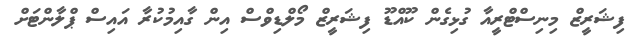
ފިޝަރީޒް މިނިސްޓްރީއާ ގުޅިގެން ކޫއްޑޫ ފިޝަރީޒް މޯލްޑިވްސް އިން ގާއިމުކުރާ އައިސް ޕްލާންޓަށް